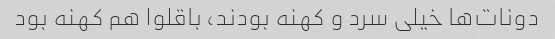
دونات‌ها خیلی سرد و کهنه بودند، باقلوا هم کهنه بود